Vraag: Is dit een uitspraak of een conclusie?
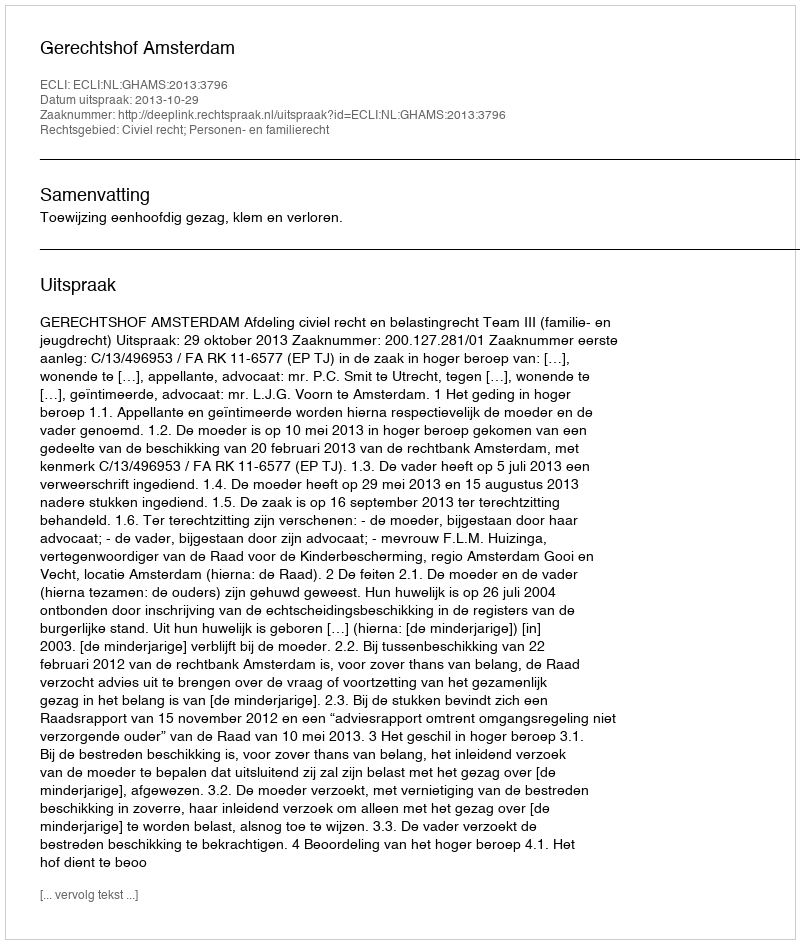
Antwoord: Uitspraak